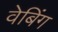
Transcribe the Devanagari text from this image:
वेबिंग